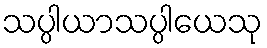
သပ္ပါယာသပ္ပါယေသု